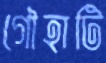
গৌহাটি